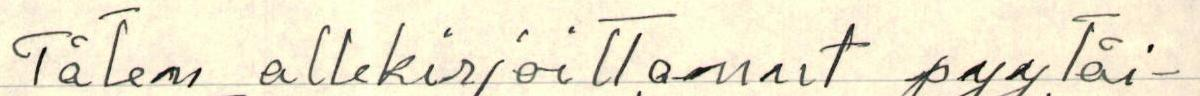
Täten allekirjoittanut pyytäi-